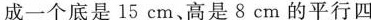
成一个底是15cm、高是8cm的平行四